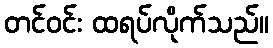
တင်ဝင်း ထရပ်လိုက်သည်။